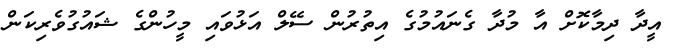
އީދާ ދިމާކޮށް އާ މުދާ ގެނައުމުގެ އިތުރުން ސޭލް އަޅުވައި މީހުންގެ ޝައުގުވެރިކަން